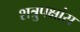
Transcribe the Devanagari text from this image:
शत्रुपक्षांस